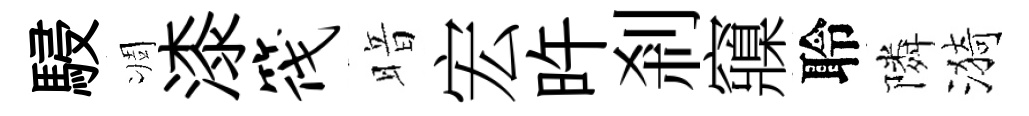
駸凋漆筏暗宏旿剎䆿聆隣漪